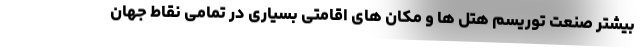
بیشتر صنعت توریسم هتل ها و مکان های اقامتی بسیاری در تمامی نقاط جهان